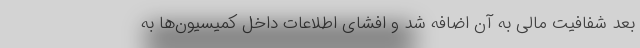
بعد شفافیت مالی به آن اضافه شد و افشای اطلاعات داخل کمیسیون‌ها به